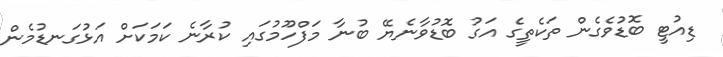
ޑިއުޓީ ބޮޑުވެގެން ތަކެތީގެ އަގު ބޮޑުވާނެޔޭ ބުނާ މަފްހޫމުގައި ކުރާނެ ކަމަކަށް އަޅުގަނޑުމެން